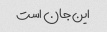
این جان است